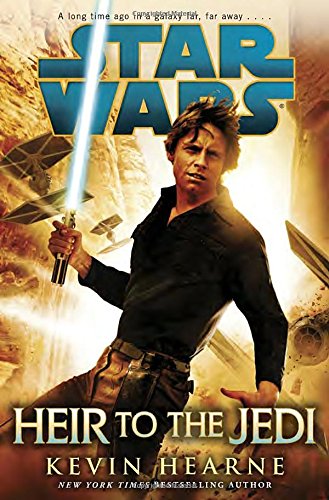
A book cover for Star Wars: Heir to the Jedi; Kevin Hearne; Science Fiction & Fantasy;